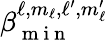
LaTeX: \beta_{\mathrm{~m~i~n~}}^{\ell,m_{\ell},\ell^{\prime},m_{\ell}^{\prime}}